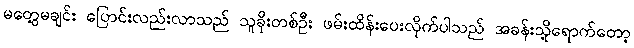
မတွေ့မချင်း ပြောင်းလည်းလာသည် သူခိုးတစ်ဦး ဖမ်းထိန်းပေးလိုက်ပါသည် အခန်းသို့ရောက်တော့